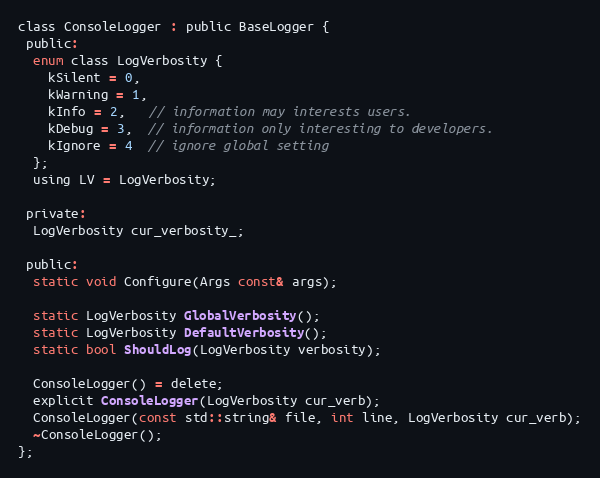
Language: C
class ConsoleLogger : public BaseLogger {
 public:
  enum class LogVerbosity {
    kSilent = 0,
    kWarning = 1,
    kInfo = 2,   // information may interests users.
    kDebug = 3,  // information only interesting to developers.
    kIgnore = 4  // ignore global setting
  };
  using LV = LogVerbosity;

 private:
  LogVerbosity cur_verbosity_;

 public:
  static void Configure(Args const& args);

  static LogVerbosity GlobalVerbosity();
  static LogVerbosity DefaultVerbosity();
  static bool ShouldLog(LogVerbosity verbosity);

  ConsoleLogger() = delete;
  explicit ConsoleLogger(LogVerbosity cur_verb);
  ConsoleLogger(const std::string& file, int line, LogVerbosity cur_verb);
  ~ConsoleLogger();
};